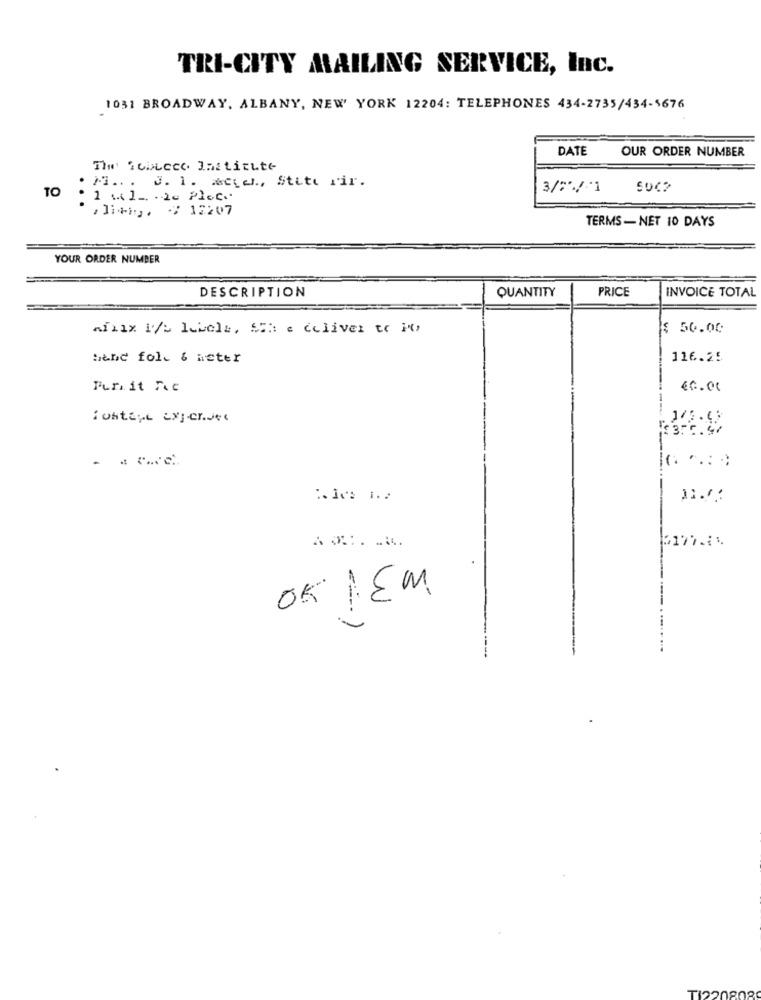
TRI-CITY MAILING SERVICE, Inc.
1031 BROADWAY, ALBANY, NEW YORK 12204: TELEPHONES 434-2735/434-5676
DATE
OUR ORDER NUMBER
The fobicce Institute
M ... J. 1. Aetal ., State rir.
TO
3/25/-1
SOC?
: 1 . 1 .. . 20 Plec.
: ]i+m), / 12207
TERMS- NET 10 DAYS
YOUR ORDER NUMBER
DESCRIPTION
QUANTITY
PRICE
INVOICE TOTAL
Aflix 1/5 Levels, Sh e deliver to
$ 50.00
bene fole & heter
116.25
Purit Fc
40.00
Tostart exper.ve
OKIEM
TI22080